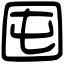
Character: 囤